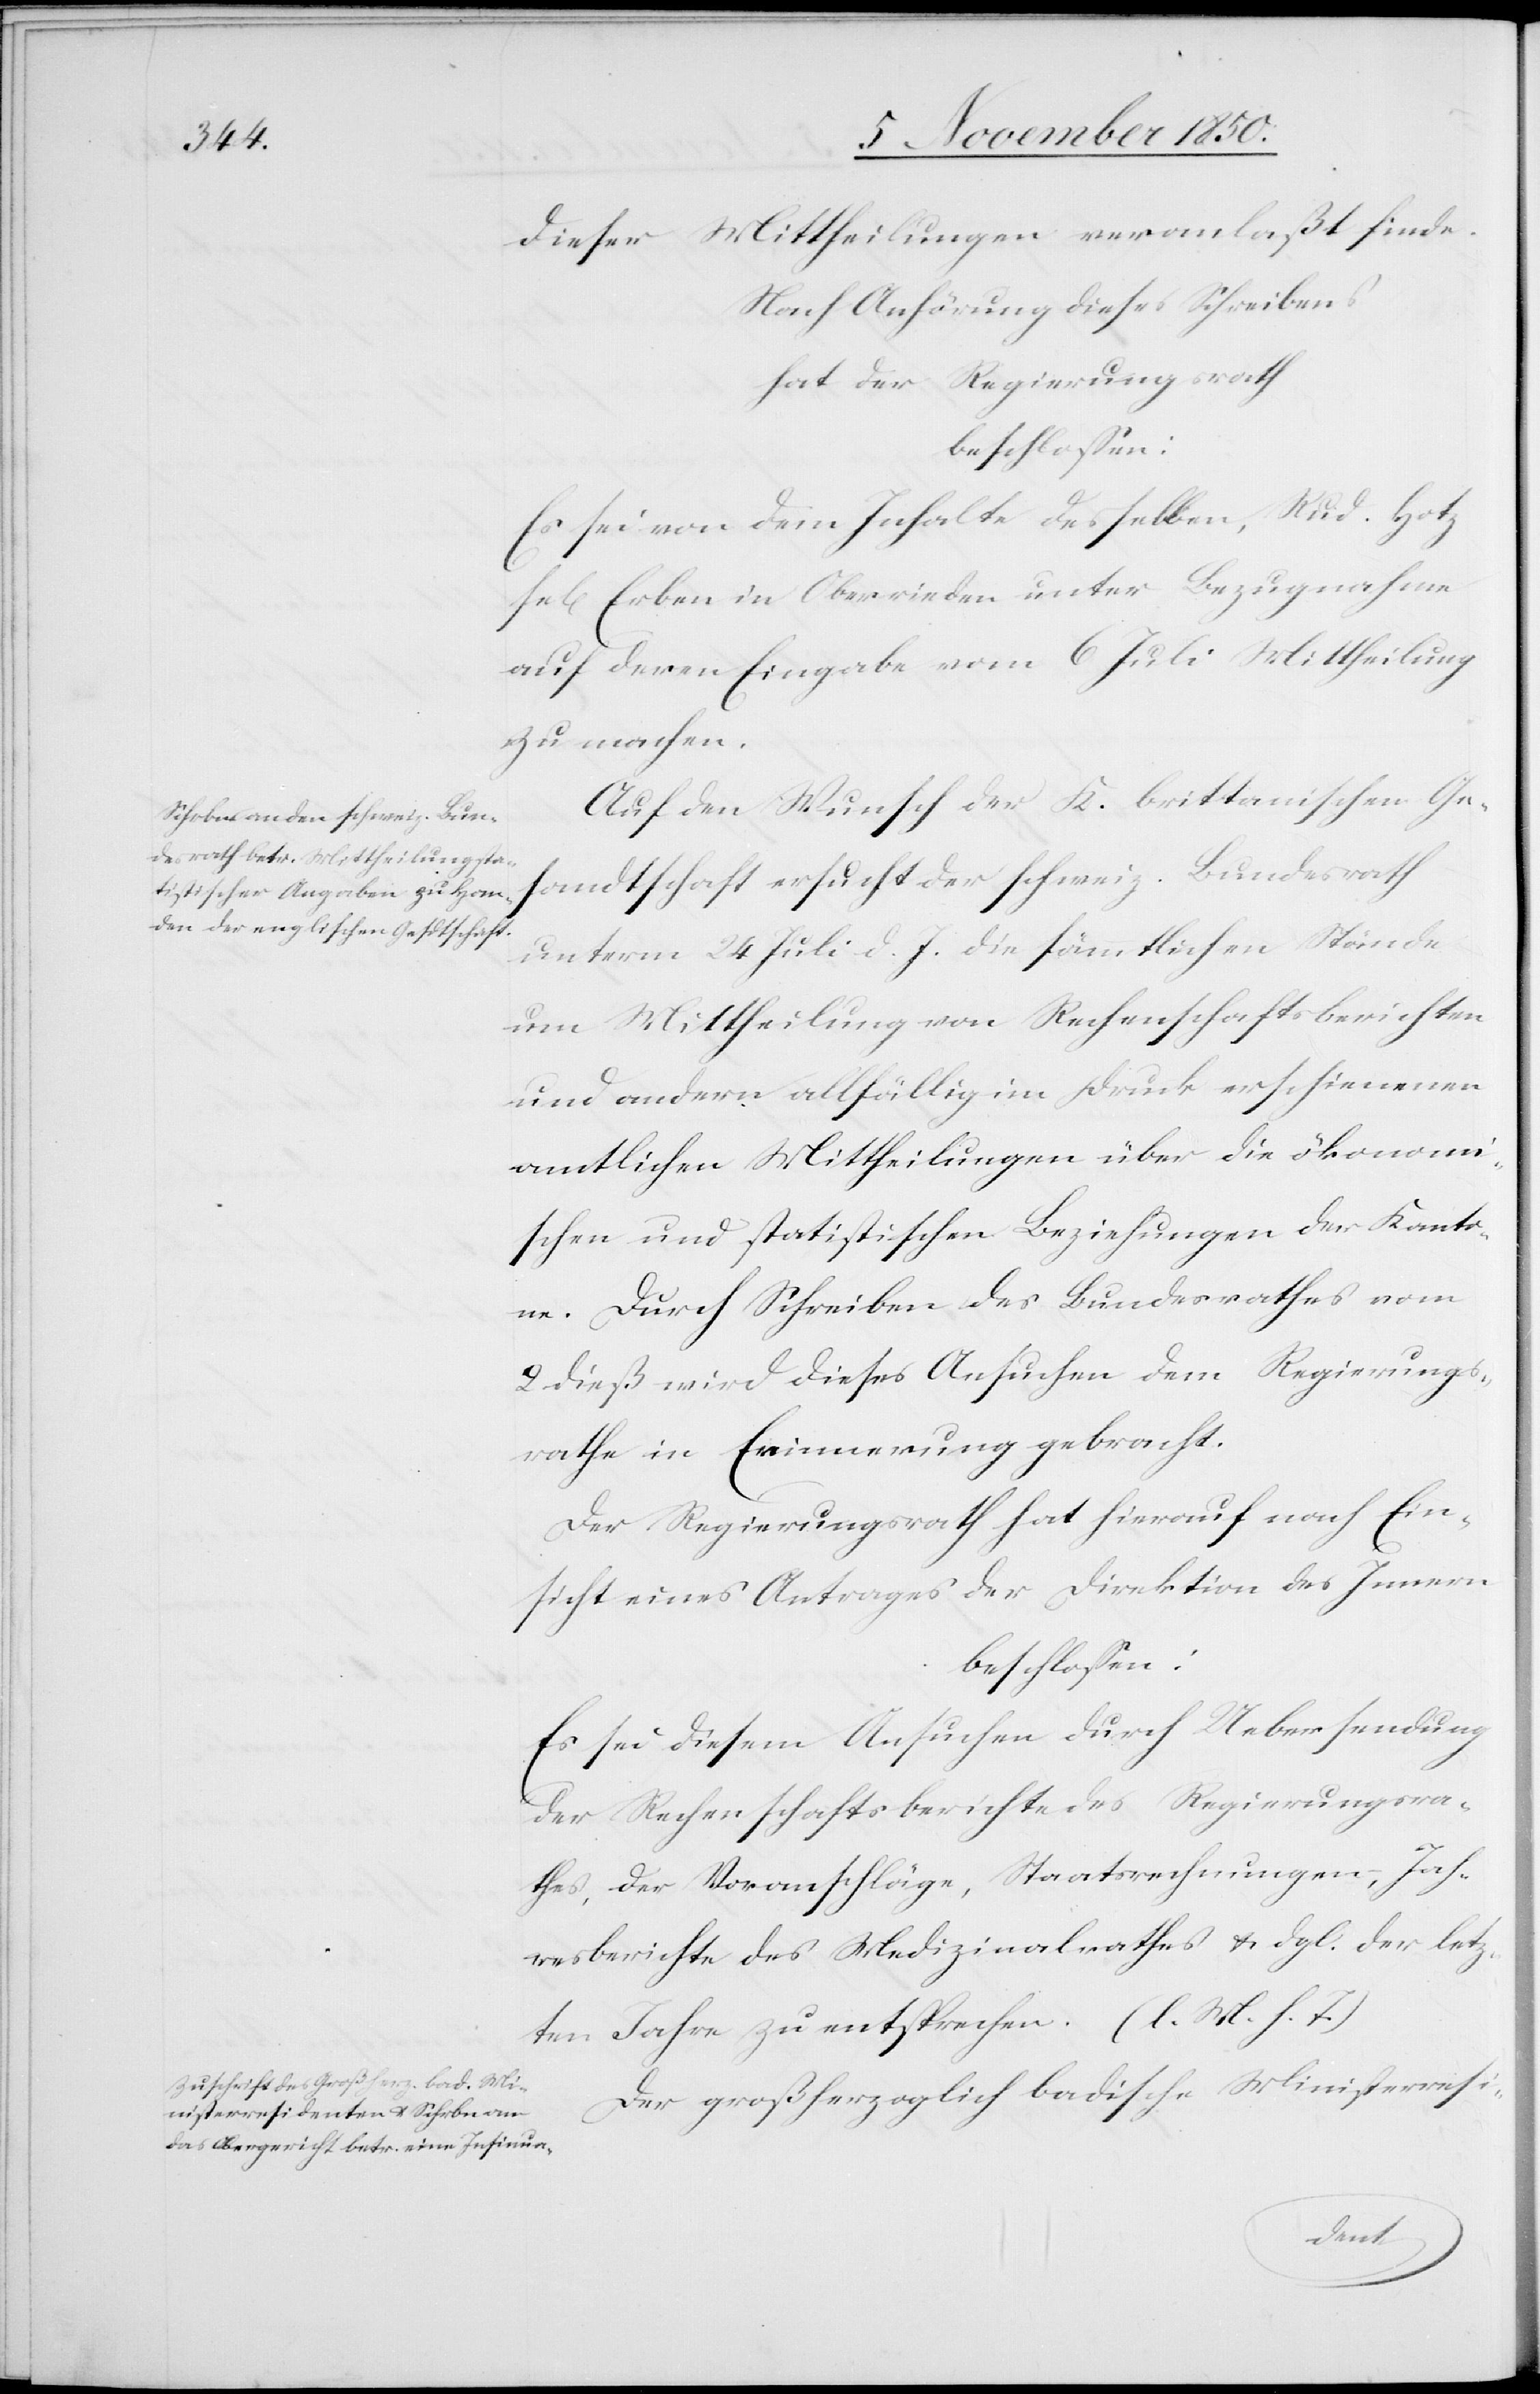
dieser Mittheilungen veranlaßt finde.
Nach Anhörung dieses Schreibens
hat der Regierungsrath
beschlossen:
Es sei von dem Inhalte desselben, Rud. Hotz
se[lig] Erben in Oberrieden unter Bezugnahme
auf deren Eingabe vom 6 Juli Mittheilung
zu machen.
Auf den Wunsch der K. brittanischen Ge¬
sandtschaft ersucht der schweiz. Bundesrath
unterm 24 Juli d. J. die sämmtlichen Stände
um Mittheilung von Rechenschaftsberichten
und andern allfällig im Druck erschienenen
amtlichen Mittheilungen über die ökonomi¬
schen und statistischen Beziehungen der Kanto¬
ne. Durch Schreiben des Bundesrathes vom
2 dieß wird dieses Ansuchen dem Regierungs¬
rathe in Erinnerung gebracht.
Der Regierungsrath hat hierauf nach Ein¬
sicht eines Antrages der Direktion des Innern
beschlossen:
Es sei diesem Ansuchen durch Uebersendung
der Rechenschaftsberichte des Regierungsra¬
thes, der Voranschläge, Staatsrechnungen, Jah¬
resberichte des Medizinalrathes u. dgl. der letz¬
ten Jahre zu entsprechen. (l. M. h. T.)
Der großherzoglich badische Ministerresi-